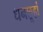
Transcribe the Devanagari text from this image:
धनछूहां